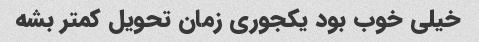
خیلی خوب بود یکجوری زمان تحویل کمتر بشه